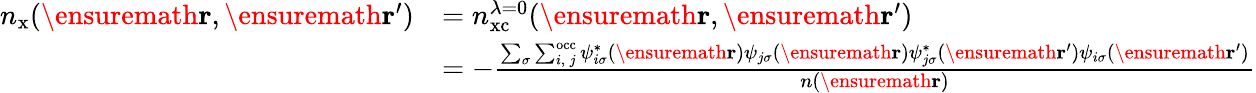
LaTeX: \begin{array}{rl}{n_{\mathrm{x}}(\ensuremath{\mathbf{r}},\ensuremath{\mathbf{r}}^{\prime})}&{=n_{\mathrm{xc}}^{\lambda=0}(\ensuremath{\mathbf{r}},\ensuremath{\mathbf{r}}^{\prime})}\\ &{=-\frac{\sum_{\sigma}\sum_{i,\, j}^{\mathrm{occ}}\psi_{i\sigma}^{*}(\ensuremath{\mathbf{r}})\psi_{j\sigma}(\ensuremath{\mathbf{r}})\psi_{j\sigma}^{*}(\ensuremath{\mathbf{r}}^{\prime})\psi_{i\sigma}(\ensuremath{\mathbf{r}}^{\prime})}{n(\ensuremath{\mathbf{r}})}}\end{array}